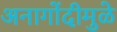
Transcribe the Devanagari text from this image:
अनागोंदीमुळे